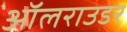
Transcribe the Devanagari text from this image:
ऑलराउडर